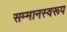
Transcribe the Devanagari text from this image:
सम्‍मानस्‍वरूप